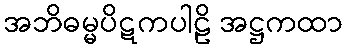
အဘိဓမ္မပိဋကပါဠိ အဋ္ဌကထာ